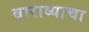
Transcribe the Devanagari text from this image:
बाराव्याचा